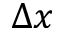
\Delta x